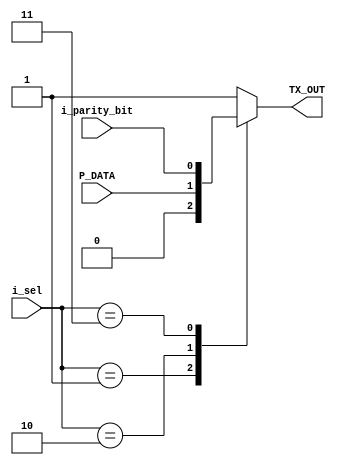
module Mux
    #(parameter Selection=3  )

(
    output  reg                         TX_OUT,
    input   wire                        P_DATA,
    input   wire                        i_parity_bit,
    input   wire    [Selection-1:0]     i_sel
);

    localparam  [2:0]   IDLE = 3'b000,
                        START=3'b001,
                        DATA=3'b010,
                        PARITY=3'b011,
                        STOP=3'b100;

    always@(*)
        begin
            case(i_sel)

                IDLE : TX_OUT<=1'b1;

                START : TX_OUT<=1'b0;
                
                DATA : TX_OUT<=P_DATA;
                
                PARITY : TX_OUT<=i_parity_bit;
                
                STOP : TX_OUT<=1'b1;

                default : TX_OUT<=1'b1;
            endcase
        
        end

endmodule